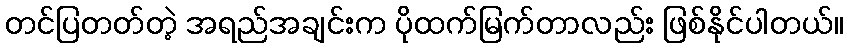
တင်ပြတတ်တဲ့ အရည်အချင်းက ပိုထက်မြက်တာလည်း ဖြစ်နိုင်ပါတယ်။